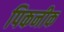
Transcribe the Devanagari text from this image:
पिकनीक